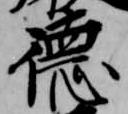
徳